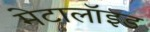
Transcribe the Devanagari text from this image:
मेटालॉइड